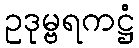
ဥဒုမ္ဗရကဋ္ဌံ